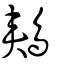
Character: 鵊